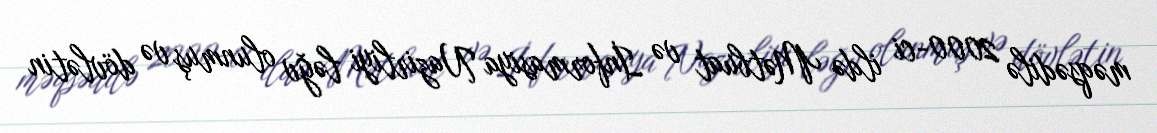
məqsədilə 2000-ci ildə Mətbuat və İnformasiya Nazirliyi ləğv olunmuş və dövlətin